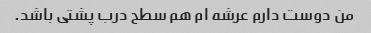
من دوست دارم عرشه ام هم سطح درب پشتی باشد.